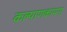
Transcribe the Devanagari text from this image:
कल्याणकामना